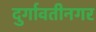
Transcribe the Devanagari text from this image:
दुर्गावतीनगर